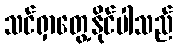
သင်ရှာတွေ့နိုင်ပါသည်